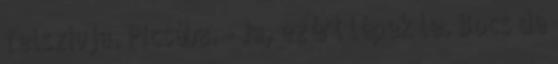
felszívja. Picsába. - Ja, ezért lépek le. Bocs de